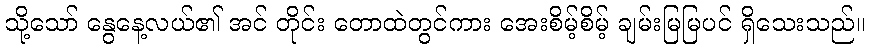
သို့သော် နွေနေ့လယ်၏ အင် တိုင်း တောထဲတွင်ကား အေးစိမ့်စိမ့် ချမ်းမြမြပင် ရှိသေးသည်။